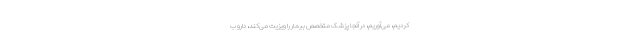
کردیم، می‌آوریم، در آنجا پزشک متخصص بیمار را ویزیت می‌کند، دارو ب